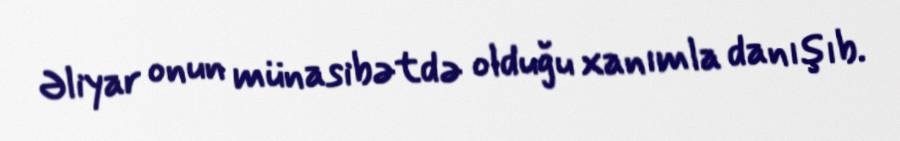
Əliyar onun münasibətdə olduğu xanımla danışıb.